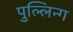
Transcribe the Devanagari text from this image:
पुल्लिन्ग